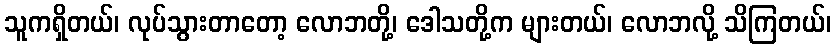
သူကရှိတယ်၊ လုပ်သွားတာတော့ လောဘတို့၊ ဒေါသတို့က များတယ်၊ လောဘလို့ သိကြတယ်၊